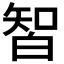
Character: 𰤛